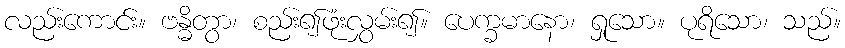
လည်းကောင်း။ ဗန္ဓိတွာ၊ စည်း၍ဖုံးလွှမ်း၍။ ပေက္ခမာနော၊ ရှုသော။ ပုရိသော၊ သည်။